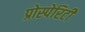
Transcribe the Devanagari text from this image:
प्रोस्पेरिटी